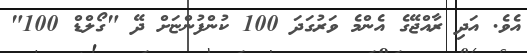
އެވެ. އަދި ރާއްޖޭގެ އެންމެ ވަރުގަދަ 100 ކުންފުންޏަށް ދޭ "ގޯލްޑް 100"